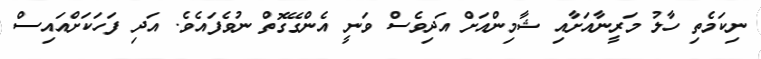
ނިކަމެތި ހާލު މަރީނާއަށާއި ޝާމިންއަށް އަދިވެސް ވަނީ އެންގޭގޮތް ނުވެފައެވެ. އަދި ފަހަކަށްއައިސް